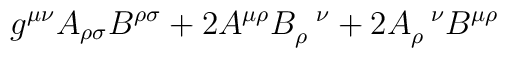
g^{\mu\nu}A_{\rho\sigma}B^{\rho\sigma} + 2A^{\mu\rho}B_\rho^{\;\;\;\nu}+ 2A_\rho^{\;\;\;\nu}B^{\mu\rho}